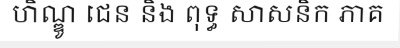
ហិណ្ឌូ ជេន និង ពុទ្ធ សាសនិក ភាគ